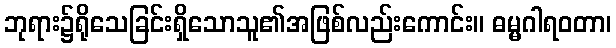
ဘုရား၌ရိုသေခြင်းရှိသောသူ၏အဖြစ်လည်းကောင်း။ ဓမ္မဂါရဝတာ၊